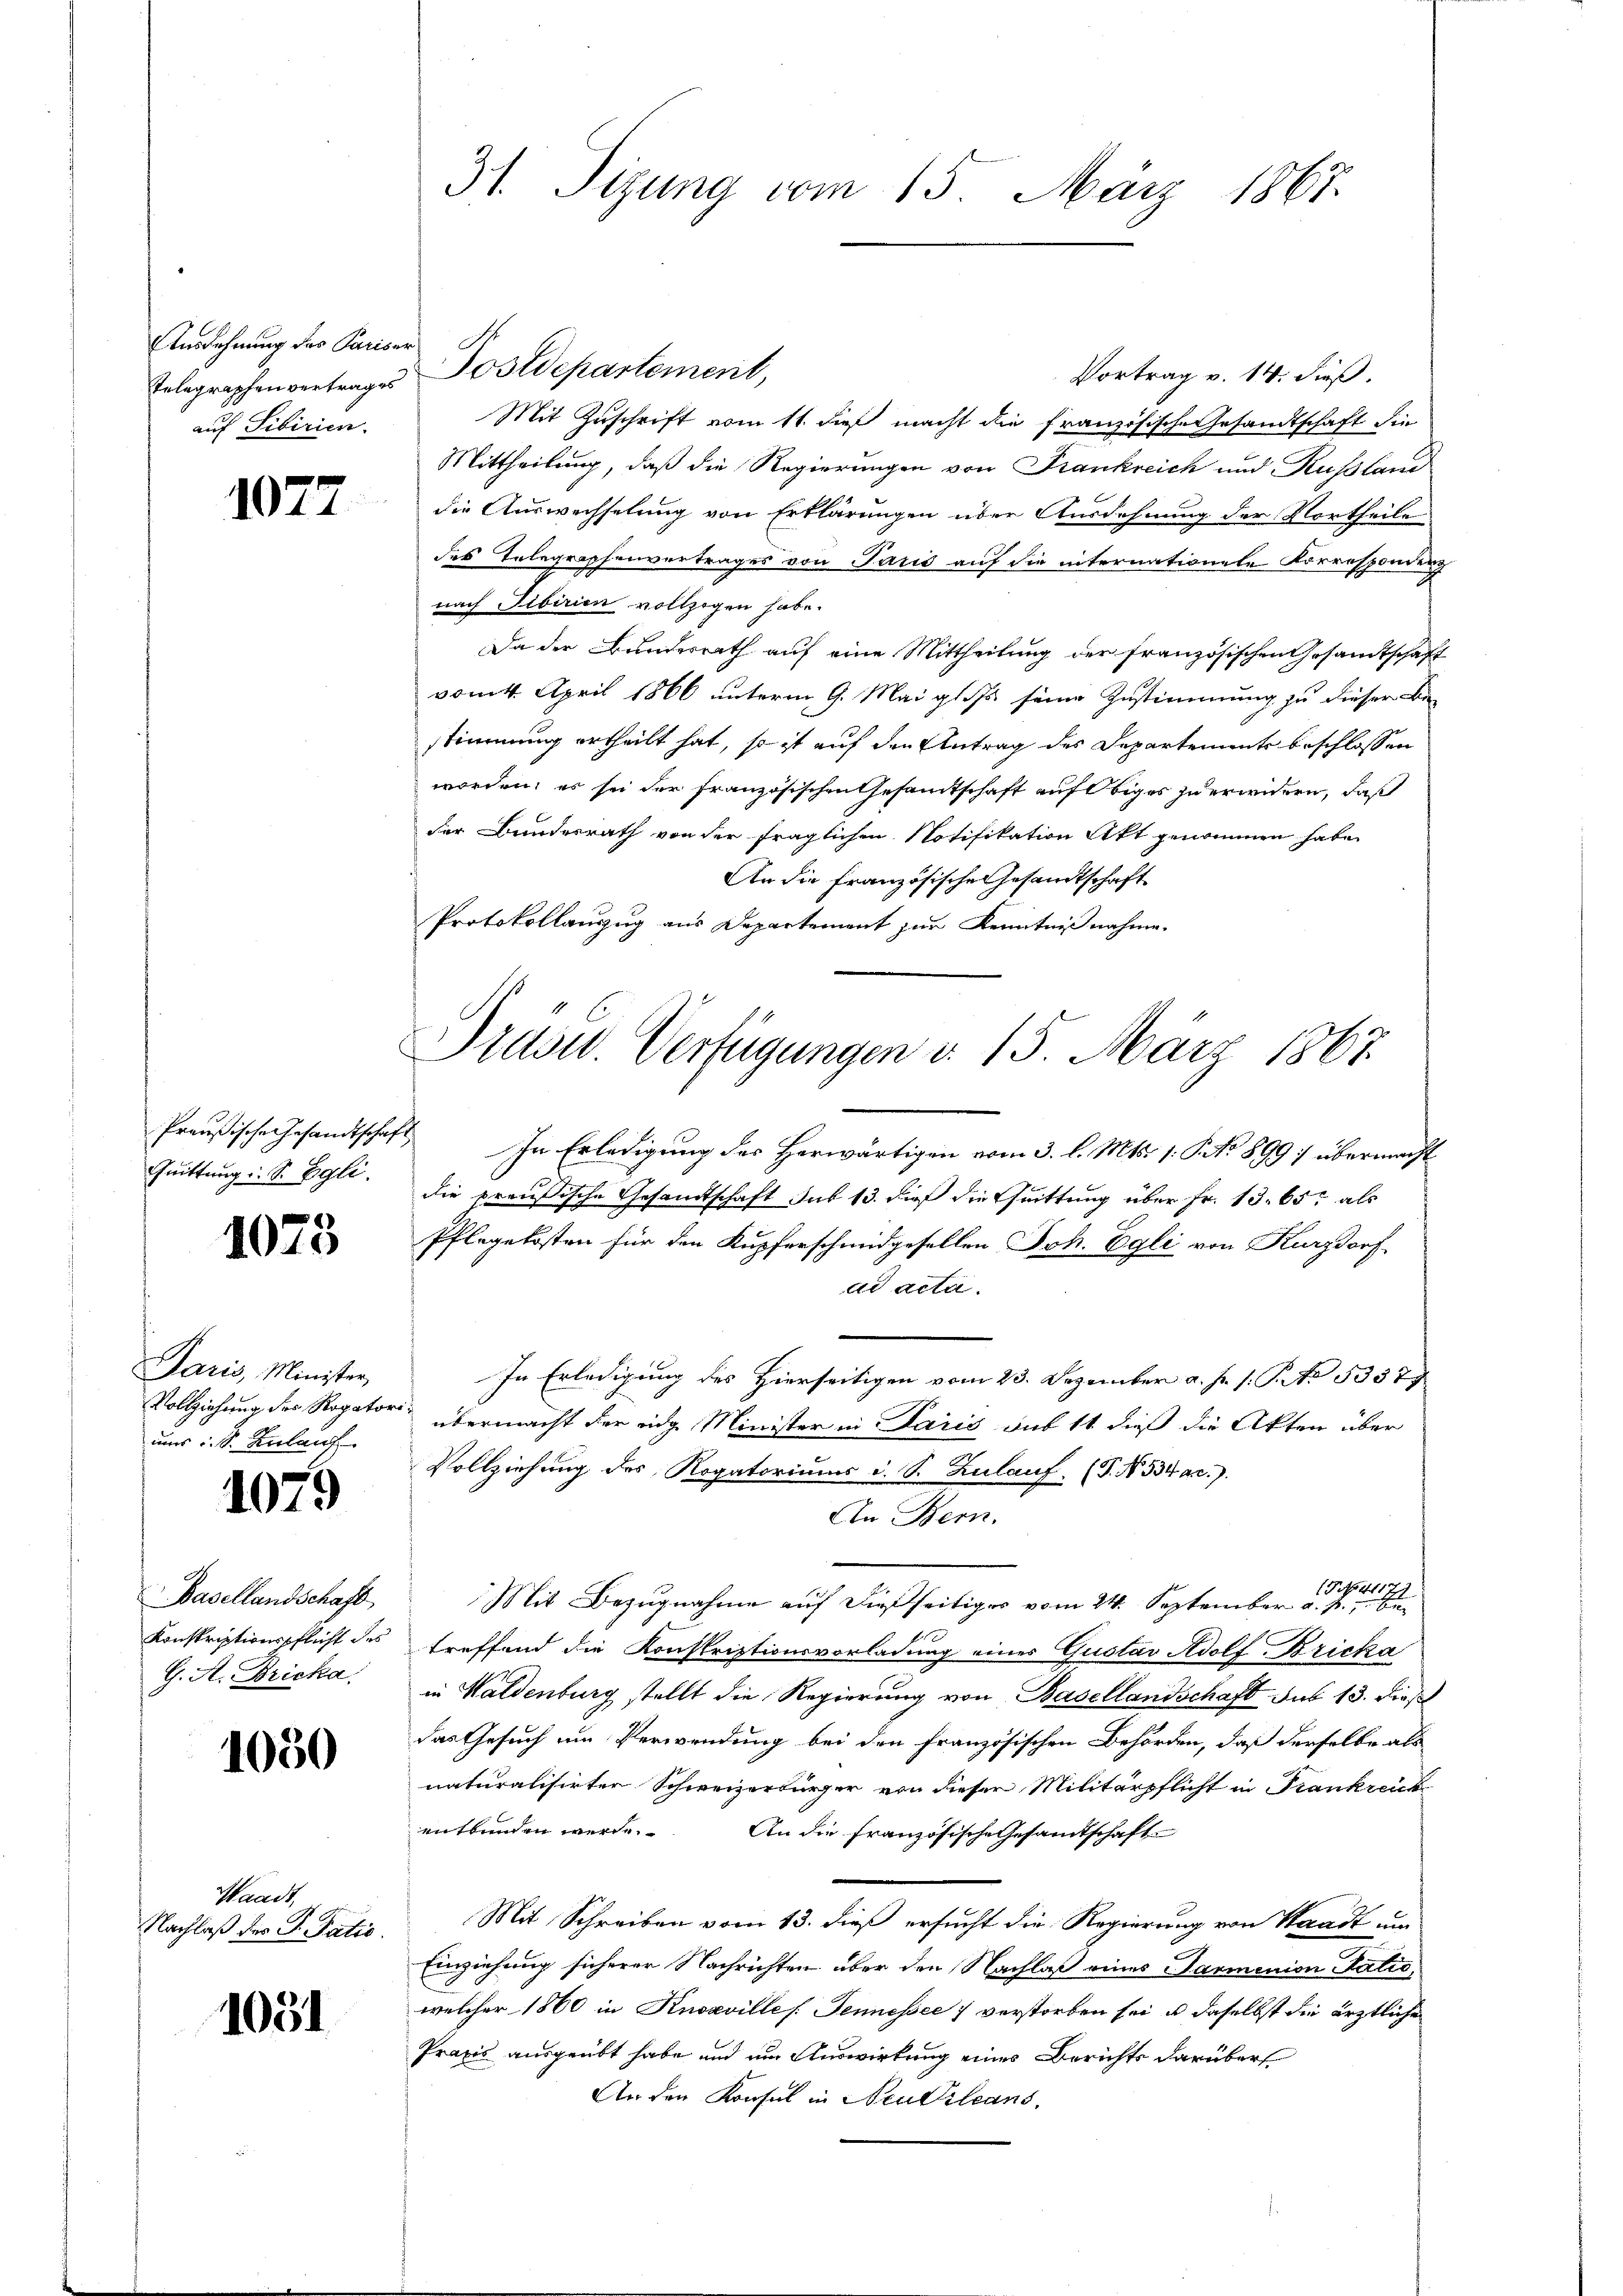
Ausdehnung des Pariser
auf Sibirien.

1072

Quittung u. Sr. Egli.

1073

Paris, Minister
Vollziehung des Rogatoriums i. S. Zulauf

2

1079

Basellandschaft
G. A. Bricka

1050

Waadt,
Nachlaß des P. Patie.

1031

Vortrag v. 14. dieß.
Telegraphenvertrages Postdepartement,
Mit Zuschrift vom 11. dieß macht die französische Gesandtschaft sin
Mittheilung, daß die Regierungen von Frankreich und Rußland
die Auswechselung von Erklärungen über Ausdehnung der Vortheile
des Telegraphenvertrages von Paris auf die internationele Korrespondenz
nach Fibirien vollzogen habe.
Da der Bundesrath auf eine Mittheilung der französischen Gesandtschaft
vom 4. April 1866 unterm 9. Mai glos seine Zustimmung zu dieser Be
stimmung ertheilt hat, so ist auf den Antrag des Departement beschlossen
worden; es sei der französischen Gesamtschaft auf obiges zu erwidern, daß
der Bundesrath von der fraglichen Notifikation Akt genommen habe.
An die französische Gesandtschäft
Protokollanzug aus Departement zur Kenntnißnahme.

31. Sizung vom 15. März 1867.

Prddw. Verfügungen d. 15. März 1867.

Preußische Gesandtschaft In Erledigung des Herwärtigen vom 3. l. Mts. 1. P. No 899) übermacht
die preußische Gesandtschaft sub 13. dieß die Quittung über Fr. 13. 65, als
Pflegekosten für den Kupferschmidgesellen Joh. Egli von Kurzdorf
ad acta.
In Erledigung des Hierseitigen vom 23. Dezember a. f. s. S. 53379
übermacht der eidg. Minister in Paris aus 11 dieß die Akten über
Vollziehung des Rogatoriums d. S. Zulauf. (T. N. 534 a.).
An Bern.
541177
Mit Bezugnahme auf dießseitiges vom 24. September a. p., be
Konstriptionspflicht des treffend die Konskriptionsvorladung einer Gustav Adolf-Bricka
in Waldenburg stellt die Regierung von Basellandschaft sub 13. Dieß
das Gesuch um Verwendung bei den französischen Behörden, daß derselbe als
naturalisirten Schweizerbürger von dieser Militärpflicht in Krankreich
entbunden werde. An die französische Gesamtschaft
Mit Schreiben vom 13. dieß ersucht die Regierung von Waadt um
Einziehung sicherer Nachrichten über den Nachlaß eines Parmenion Ratio
welcher 1860 in Kusaville Jennessee 7 verstorben sei, u. daselbst die ärztliche
Praxis ausgeübt habe und um Auswirkung eines Berichts darüber¬
An den Konsul in Neukleans